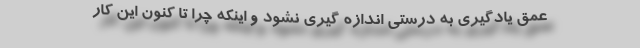
عمق یادگیری به درستی اندازه گیری نشود و اینکه چرا تا کنون این کار